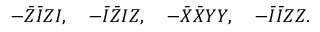
- \bar { Z } \bar { I } Z I , \quad - \bar { I } \bar { Z } I Z , \quad - \bar { X } \bar { X } Y Y , \quad - \bar { I } \bar { I } Z Z .